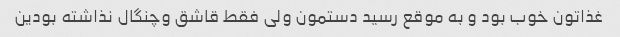
غذاتون خوب بود و به موقع رسید دستمون ولی فقط قاشق وچنگال نذاشته بودین